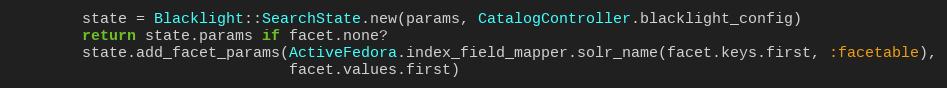
Language: Ruby
        state = Blacklight::SearchState.new(params, CatalogController.blacklight_config)
        return state.params if facet.none?
        state.add_facet_params(ActiveFedora.index_field_mapper.solr_name(facet.keys.first, :facetable),
                               facet.values.first)